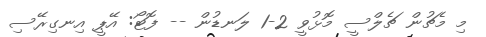
މި މެޗުން ޗެލްސީ މޮޅުވީ 2-1 ލަނޑުން -- ފޮޓޯ: އޭޕީ އިނގިރޭސި